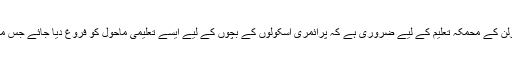
عدالت کا مزید کہنا تھا کہ برلن کے محمکہ تعلیم کے لیے ضروری ہے کہ پرائمری اسکولوں کے بچوں کے لیے ایسے تعلیمی ماحول کو فروغ دیا جائے جس میں مذہبی عنصر شامل نہ ہو۔